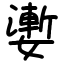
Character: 嬱